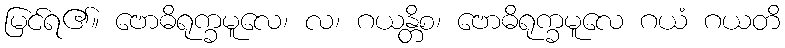
မြင်ရ၏။ ဗောဓိရုက္ခမူလေ၊ လ၊ ဂယန္တိစ၊ ဗောဓိရုက္ခမူလေ ဂယံ ဂယတိ